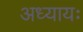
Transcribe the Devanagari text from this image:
अध्यायः